Vaccine operations Central Provinces 1868-1885 - 1868-1885
Year: 1868
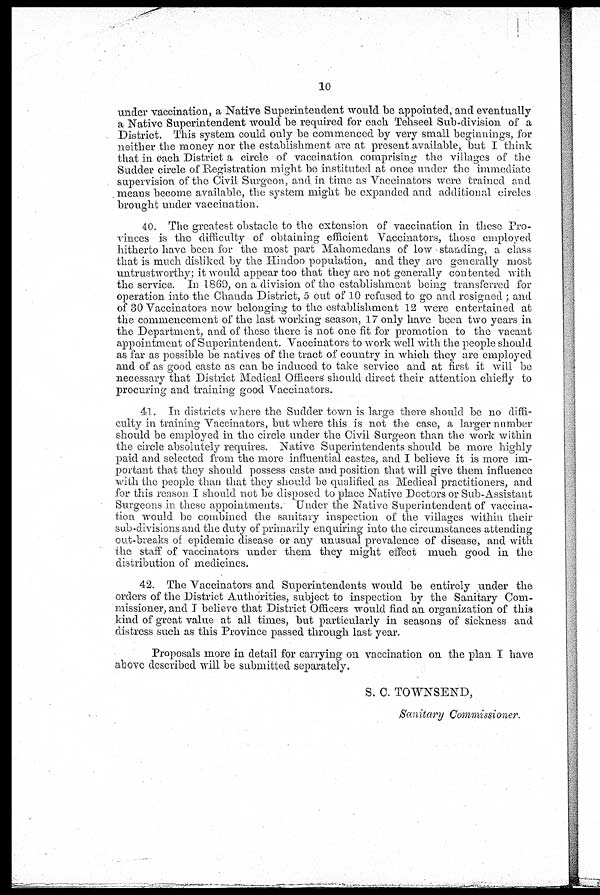
10
under vaccination, a Native Superintendent would be appointed, and eventually
a Native Superintendent would be required for each Tehseel Sub-division of a
District. This system could only be commenced by very small beginnings, for
neither the money nor the establishment are at present available, but I think
that in each District a circle of vaccination comprising the villages of the
Sudder circle of Registration might be instituted at once under the immediate
supervision of the Civil Surgeon, and in time as Vaccinators were trained and
means become available, the system might be expanded and additional circles
brought under vaccination.
40. The greatest obstacle to the extension of vaccination in these Pro-
vinces is the difficulty of obtaining efficient Vaccinators, those employed
hitherto have been for the most part Mahomedans of low standing, a class
that is much disliked by the Hindoo population, and they are generally most
untrustworthy; it would appear too that they are not generally con tented with
the service. In 1869, on a division of the establishment being transferred for
operation into the Chanda District, 5 out of 10 refused to go and resigned ; and
of 30 Vaccinators now belonging to the establishment 12 were entertained at
the commencement of the last working season, 17 only have been two years in
the Department, and of these there is not one fit for promotion to the vacant
appointment of Superintendent. Vaccinators to work well with the people should
as far as possible be natives of the tract of country in which they are employed
and of as good caste as can be induced to take service and at first it will be
necessary that District Medical Officers should direct their attention chiefly to
procuring and training good Vaccinators.
41. In districts where the Sudder town is large there should be no diffi-
culty in training Vaccinators, but where this is not the case, a larger number
should be employed in the circle under the Civil Surgeon than the work within
the circle absolutely requires. Native Superintendents should be more highly
paid and selected from the more influential castes, and I believe it is more im-
portant that they should possess caste and position that will give them influence
with the people than that they should be qualified as Medical practitioners, and
for this reason I should not be disposed to place Native Doctors or Sub-Assistant
Surgeons in these appointments. Under the Native Superintendent of vaccina-
tion would be combined the sanitary inspection of the villages within their
sub-divisions and the duty of primarily enquiring into the circumstances attending
out-breaks of epidemic disease or any unusual prevalence of disease, and with
the staff of vaccinators under them they might effect much good in the
distribution of medicines.
42. The Vaccinators and Superintendents would be entirely under the
orders of the District Authorities, subject to inspection by the Sanitary Com-
missioner, and I believe that District Officers would find an organization of this
kind of great value at all times, but particularly in seasons of sickness and
distress such as this Province passed through last year.
Proposals more in detail for carrying on vaccination on the plan I have
above described will be submitted separately.
S. C. TOWNSEND,
Sanitary Commissioner.